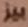
بيز